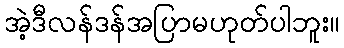
အဲ့ဒီလန်ဒန်အပြာမဟုတ်ပါဘူး။